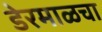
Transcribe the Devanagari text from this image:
डेरमाळचा